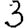
Digit: 3